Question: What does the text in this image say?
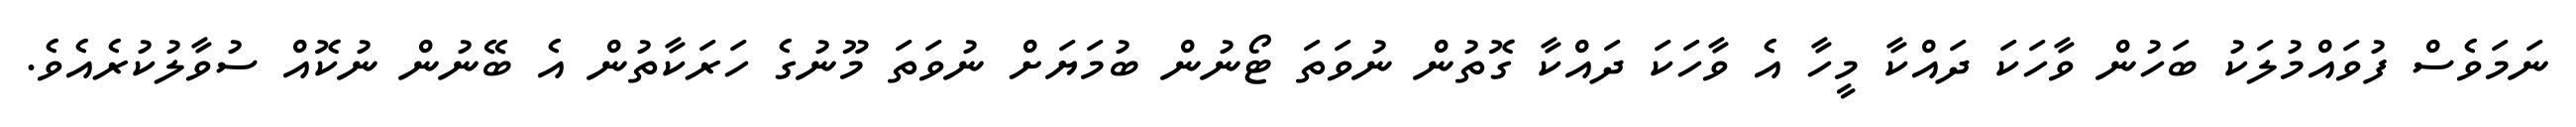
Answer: ނަމަވެސް ފުވައްމުލަކު ބަހުން ވާހަކަ ދައްކާ މީހާ އެ ވާހަކަ ދައްކާ ގޮތުން ނުވަތަ ޓޯނުން ބުމަޔަށް ނުވަތަ މޫނުގެ ހަރަކާތުން އެ ބޭނުން ނުކޮއް ސުވާލުކުރެއެވެ.